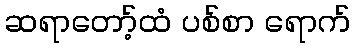
ဆရာတော့်ထံ ပစ်စာ ရောက်